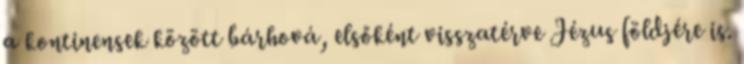
a kontinensek között bárhová, elsőként visszatérve Jézus földjére is.